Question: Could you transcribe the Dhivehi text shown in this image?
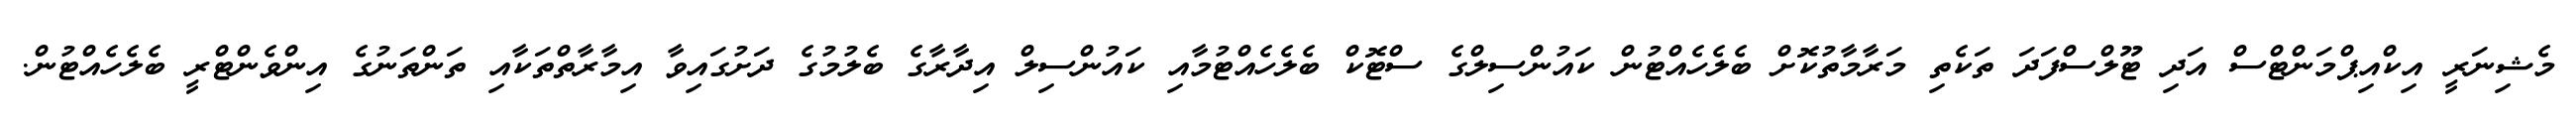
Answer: މެޝިނަރީ އިކްއިޕްމަންޓްސް އަދި ޓޫލްސްފަދަ ތަކެތި މަރާމާތުކޮށް ބެލެހެއްޓުން ކައުންސިލްގެ ސްޓޮކް ބެލެހެއްޓުމާއި ކައުންސިލް އިދާރާގެ ބެލުމުގެ ދަށުގައިވާ އިމާރާތްތަކާއި ތަންތަނުގެ އިންވެންޓްރީ ބެލެހެއްޓުން.